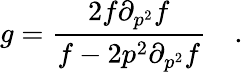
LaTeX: g=\frac{2f\partial_{p^{2}}f}{f-2p^{2}\partial_{p^{2}}f}\quad.